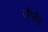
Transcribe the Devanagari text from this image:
जेंग्सेन